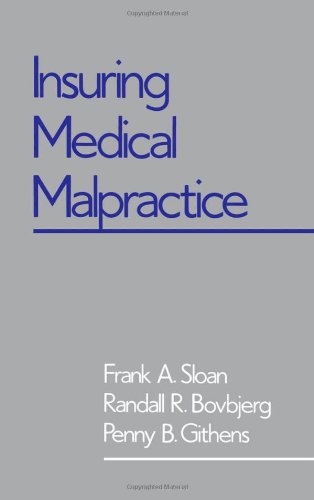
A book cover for Insuring Medical Malpractice; Frank A. Sloan; Law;